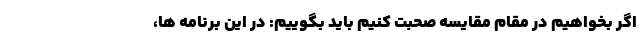
اگر بخواهیم در مقام مقایسه صحبت کنیم باید بگوییم: در این برنامه ها،